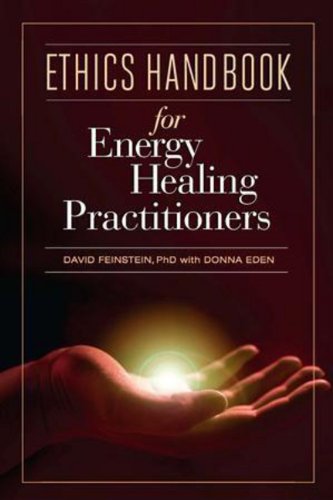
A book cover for Ethics Handbook for Energy Healing Practitioners; David Feinstein; Religion & Spirituality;